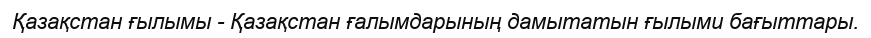
Қазақстан ғылымы - Қазақстан ғалымдарының дамытатын ғылыми бағыттары.